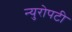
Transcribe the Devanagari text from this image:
न्युरोपटी